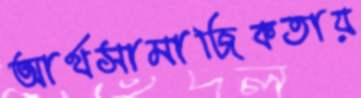
আর্থসামাজিকতায়